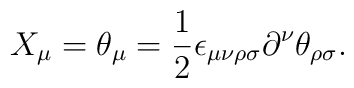
X_\mu=\theta_\mu=\frac{1}{2}\epsilon_{\mu\nu\rho\sigma}\partial^\nu\theta_{\rho\sigma}.